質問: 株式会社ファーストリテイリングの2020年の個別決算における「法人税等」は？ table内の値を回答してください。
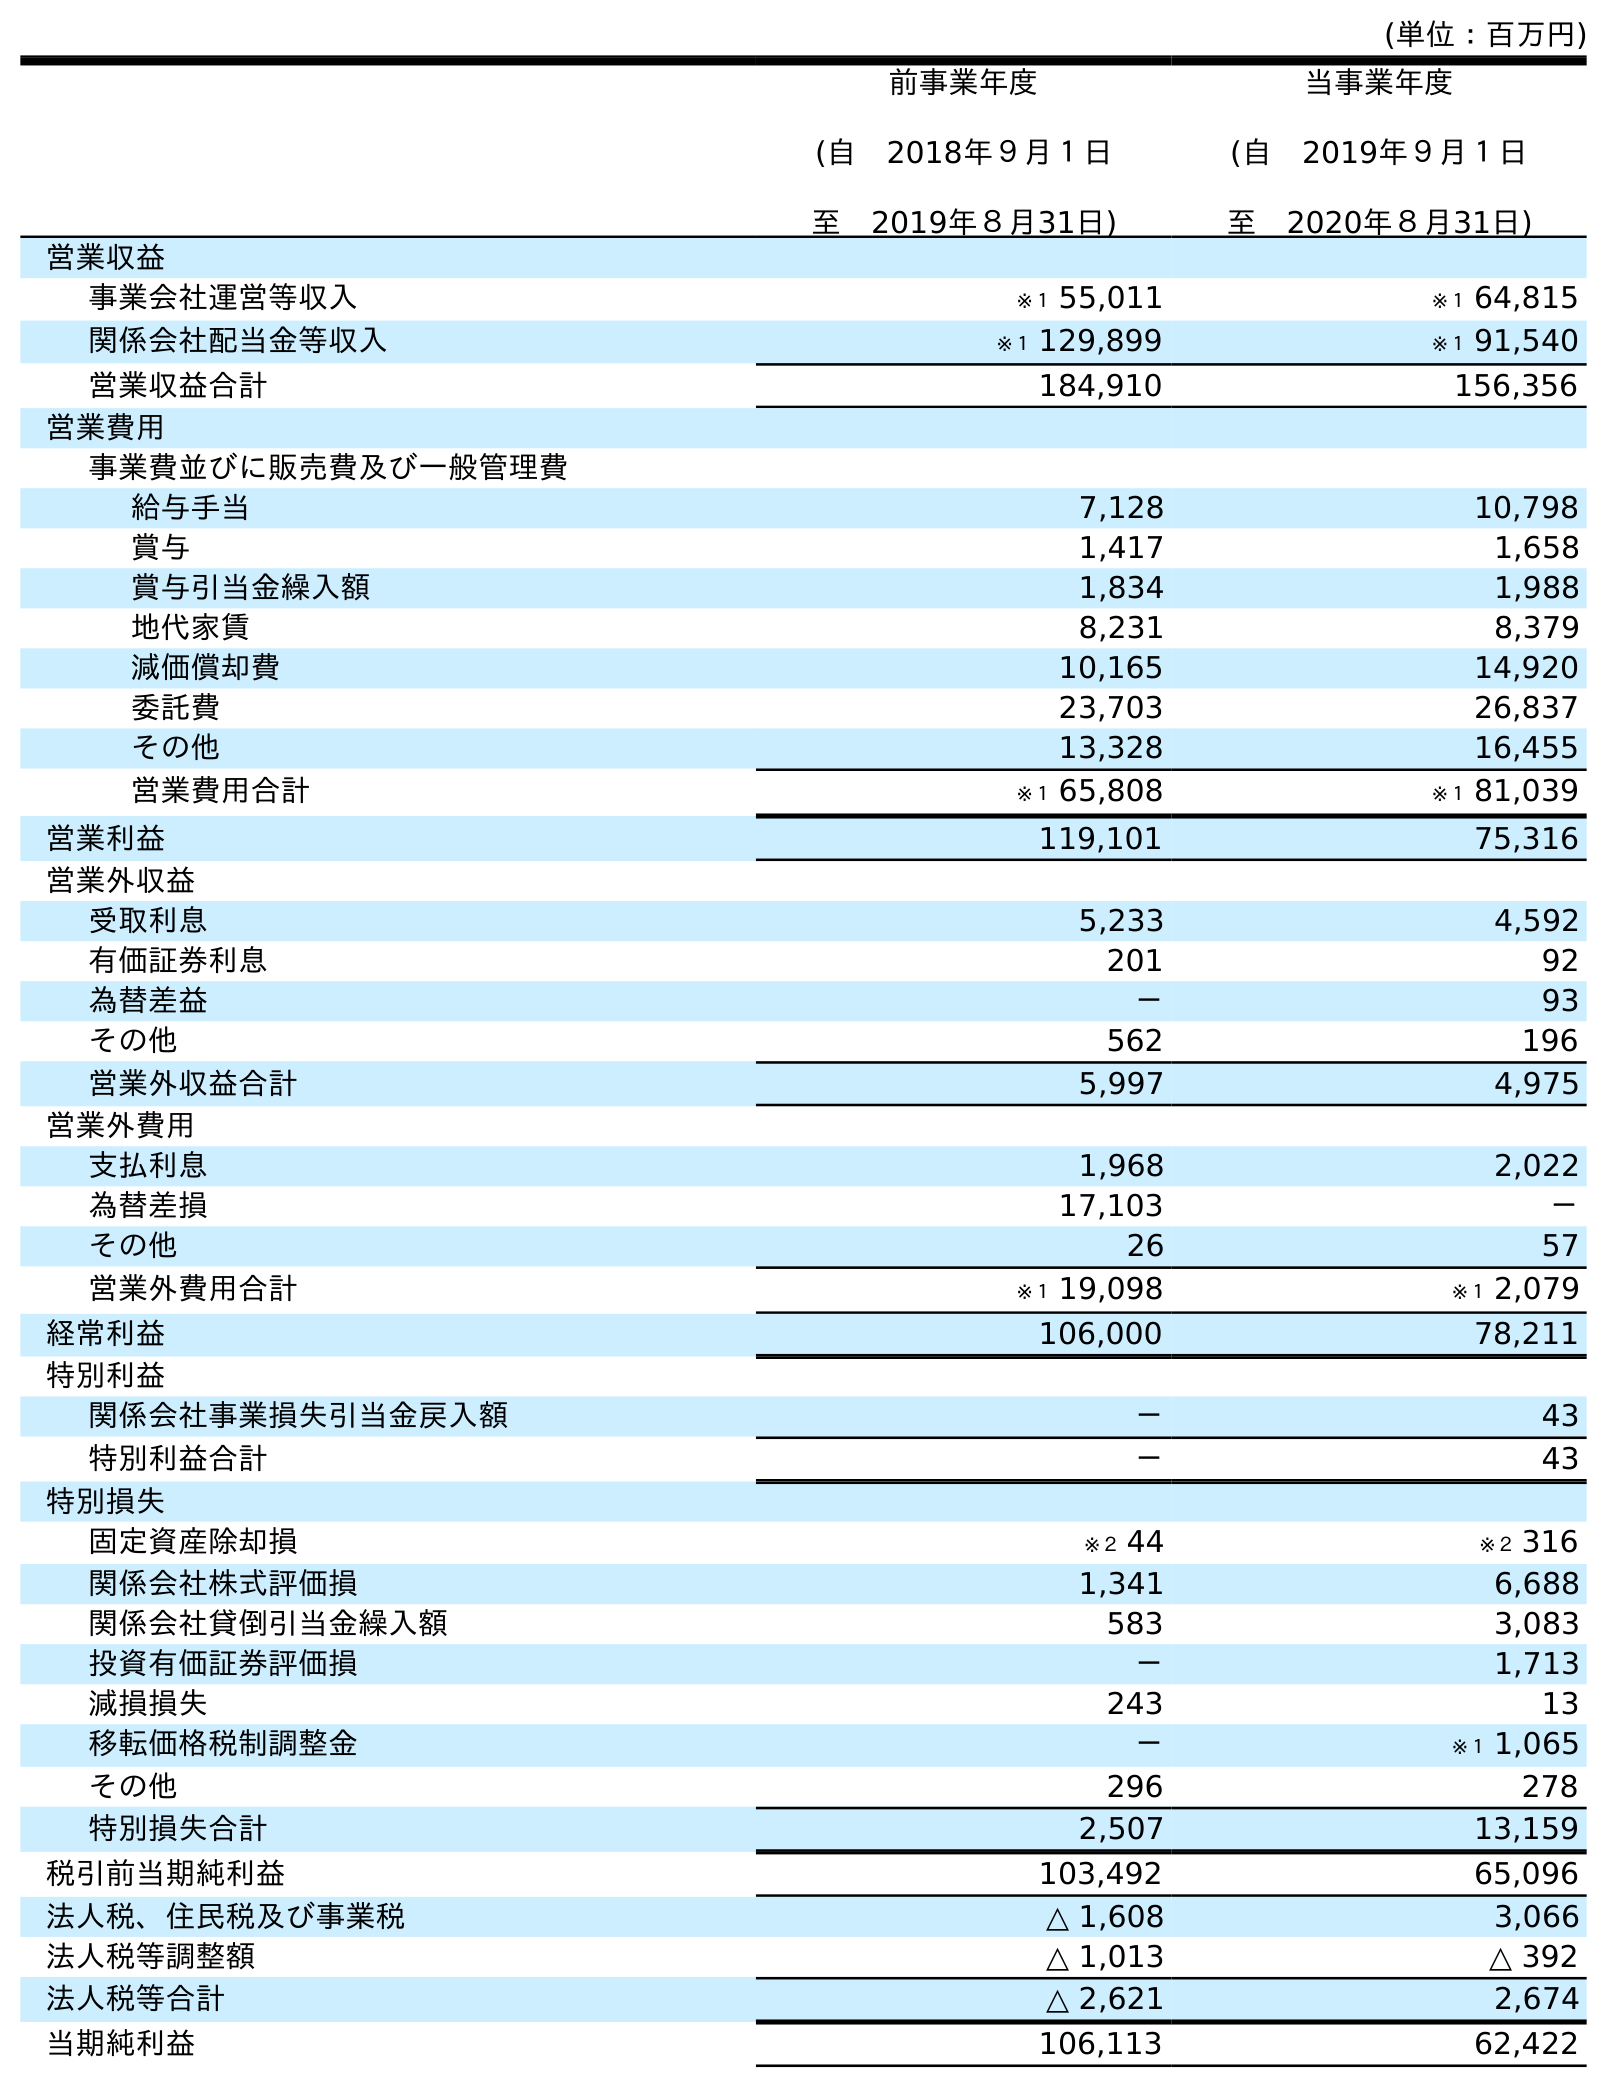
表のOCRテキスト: (単位：百万円) 前事業年度 (自 2018年９月１日 至 2019年８月31日) 当事業年度 (自 2019年９月１日 至 2020年８月31日) 営業収益 事業会社運営等収入 ※１ 55,011 ※１ 64,815 関係会社配当金等収入 ※１ 129,899 ※１ 91,540 営業収益合計 184,910 156,356 営業費用 事業費並びに販売費及び一般管理費 給与手当 7,128 10,798 賞与 1,417 1,658 賞与引当金繰入額 1,834 1,988 地代家賃 8,231 8,379 減価償却費 10,165 14,920 委託費 23,703 26,837 その他 13,328 16,455 営業費用合計 ※１ 65,808 ※１ 81,039 営業利益 119,101 75,316 営業外収益 受取利息 5,233 4,592 有価証券利息 201 92 為替差益 － 93 その他 562 196 営業外収益合計 5,997 4,975 営業外費用 支払利息 1,968 2,022 為替差損 17,103 － その他 26 57 営業外費用合計 ※１ 19,098 ※１ 2,079 経常利益 106,000 78,211 特別利益 関係会社事業損失引当金戻入額 － 43 特別利益合計 － 43 特別損失 固定資産除却損 ※２ 44 ※２ 316 関係会社株式評価損 1,341 6,688 関係会社貸倒引当金繰入額 583 3,083 投資有価証券評価損 － 1,713 減損損失 243 13 移転価格税制調整金 － ※１ 1,065 その他 296 278 特別損失合計 2,507 13,159 税引前当期純利益 103,492 65,096 法人税、住民税及び事業税 △ 1,608 3,066 法人税等調整額 △ 1,013 △ 392 法人税等合計 △ 2,621 2,674 当期純利益 106,113 62,422
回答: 2,674